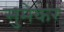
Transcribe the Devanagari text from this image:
सुमेकर